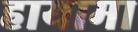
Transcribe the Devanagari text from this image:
हायामा